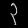
Digit: ၃